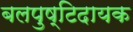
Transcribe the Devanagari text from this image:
बलपुष्टिदायक